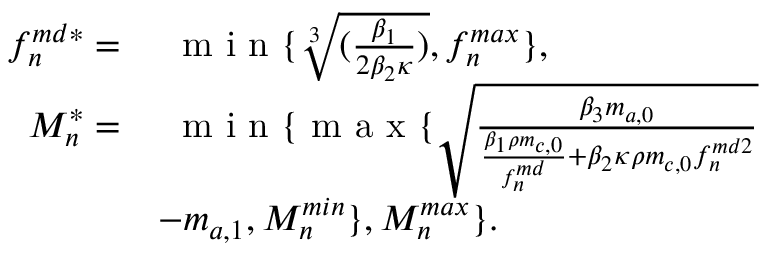
\begin{array} { r l } { f _ { n } ^ { m d * } = } & { \ \textrm { m i n } \{ \sqrt [ 3 ] { ( \frac { \beta _ { 1 } } { 2 \beta _ { 2 } \kappa } ) } , f _ { n } ^ { m a x } \} , } \\ { M _ { n } ^ { * } = } & { \ \textrm { m i n } \{ \textrm { m a x } \{ \sqrt { \frac { \beta _ { 3 } m _ { a , 0 } } { \frac { \beta _ { 1 } \rho m _ { c , 0 } } { f _ { n } ^ { m d } } + \beta _ { 2 } \kappa \rho m _ { c , 0 } f _ { n } ^ { m d 2 } } } } \\ & { - m _ { a , 1 } , M _ { n } ^ { m i n } \} , M _ { n } ^ { m a x } \} . } \end{array}